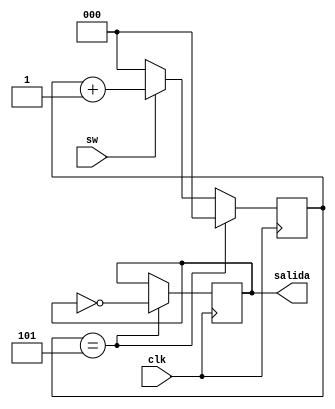
module pulsador (
    input clk,
    input sw,
    output reg salida
  );

reg[2:0] count;
initial
begin
  count=0;
  salida=0;
end

always@(posedge clk)
begin 
		if(sw==1'b1)begin
			count<=count+1;
		end
		else begin
			count<=0;
		end
		if(count==3'd5)begin
			salida<=~salida;
			count<=0;
		end
end

endmodule